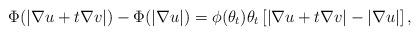
LaTeX: \begin{align*}\Phi(|\nabla u+t\nabla v|)-\Phi(|\nabla u|)=\phi(\theta_t)\theta_t\left[|\nabla u+t\nabla v|-|\nabla u|\right],\end{align*}